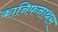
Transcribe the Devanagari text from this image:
कानिफनाथस